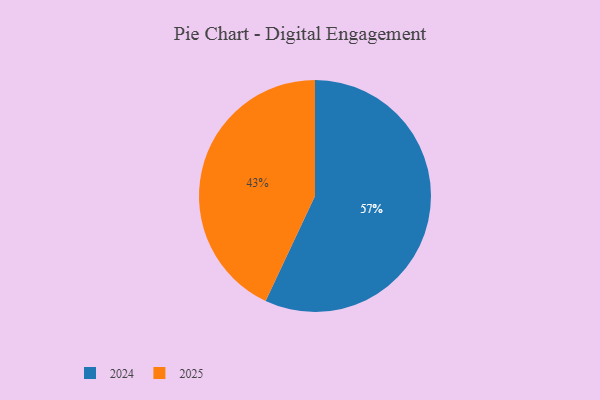
{"axis": {"x": "Category", "y": "Percentage"}, "legend": ["2024", "2025"], "data": [{"x": "2025", "y": 43, "type": "2025"}, {"x": "2024", "y": 57, "type": "2024"}]}